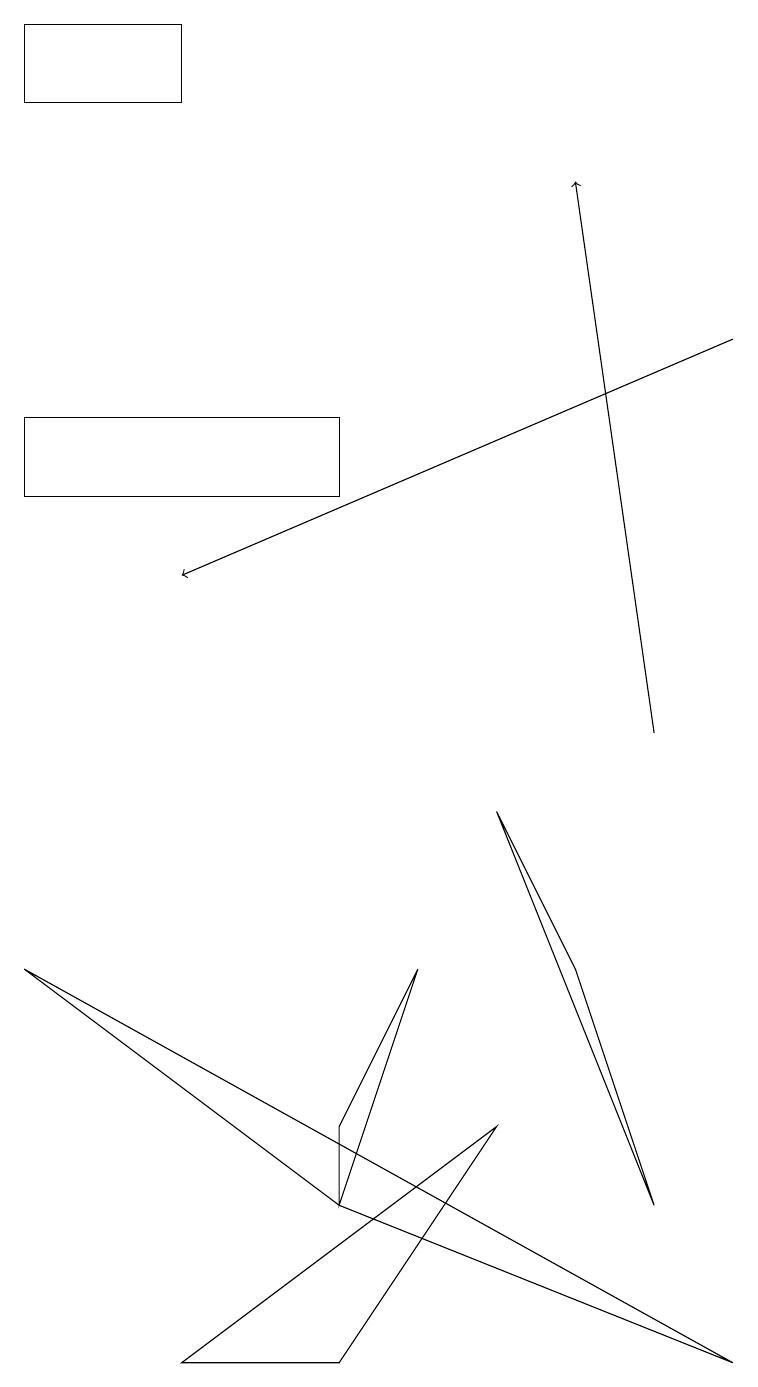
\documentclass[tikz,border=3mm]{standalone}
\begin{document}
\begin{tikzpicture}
\draw[->] (9,15) -- (2,12);
\draw[->] (8,10) -- (7,17);
\draw (6,9) -- (7,7) -- (8,4) -- cycle;
\draw (2,2) -- (6,5) -- (4,2) -- cycle;
\draw (4,5) -- (4,4) -- (5,7) -- cycle;
\draw (0,19) rectangle (2,18);
\draw (9,2) -- (0,7) -- (4,4) -- cycle;
\draw (0,14) rectangle (4,13);
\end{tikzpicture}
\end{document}